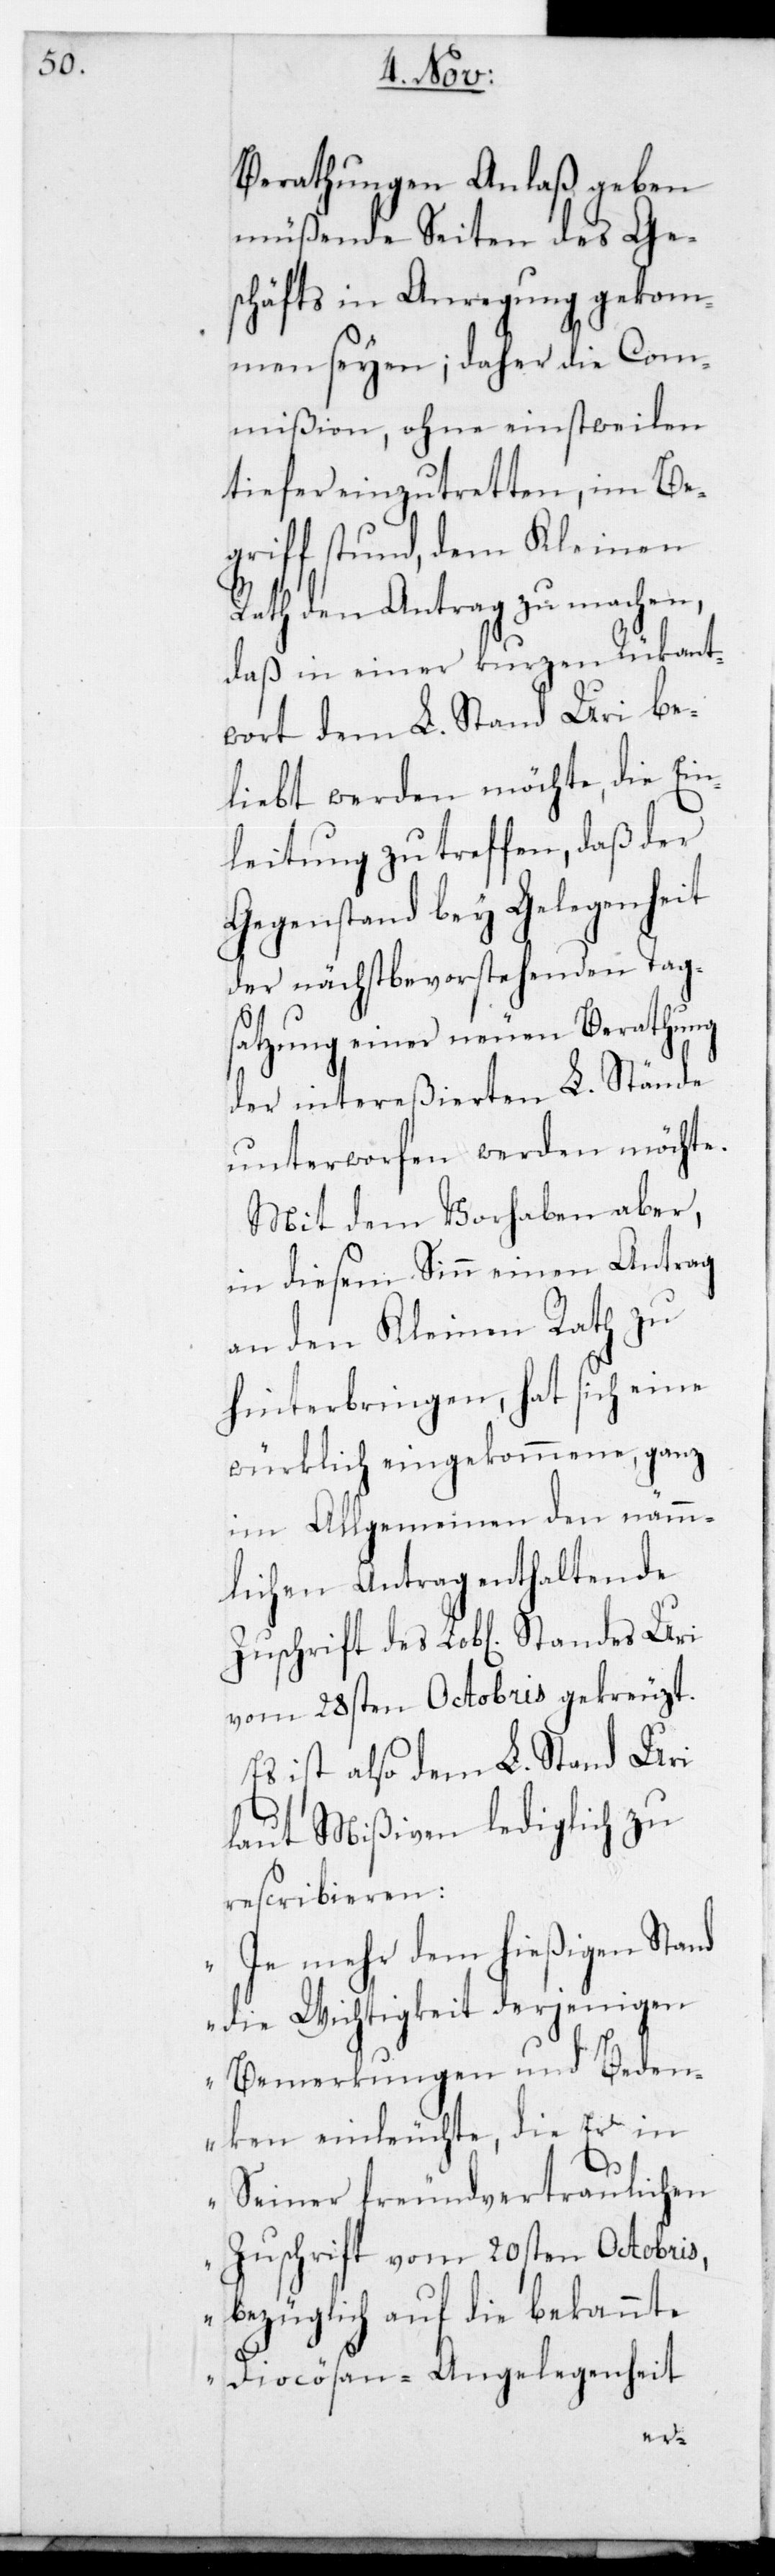
Berathungen Anlaß geben
müßende Seiten des Ge¬
schäfts in Anregung gekom¬
men seyen; daher die Com¬
mißion, ohne einstweilen
tiefer einzutretten, im Be¬
griff stund, dem Kleinen
Rath den Antrag zu machen,
daß in einer kurzen Rückant¬
wort dem L. Stand Uri be¬
liebt werden möchte, die Ein¬
leitung zu treffen, daß der
Gegenstand bey Gelegenheit
der nächstbevorstehenden Tag¬
satzung einer neuen Berathung
der intereßierten L. Stände
unterworfen werden möchte.
Mit dem Vorhaben aber,
in diesem Sinn einen Antrag
an den Kleinen Rath zu
hinterbringen, hat sich eine
würklich eingekommene, ganz
im Allgemeinen den nämm¬
lichen Antrag enthaltende
Zuschrift des L. Standes Uri
vom 28sten Octobris gekreuzt.
Es ist also dem L. Stand Uri
laut Mißiven lediglich zu
rescribieren:
„Je mehr dem hießigen Stand
die Wichtigkeit derjenigen
Bemerkungen und Beden¬
ken einleuchte, die Er in
Seiner freundvertraulichen
Zuschrift vom 20sten Octobris,
bezüglich auf die bekannte
Diocösan-Angelegenheit